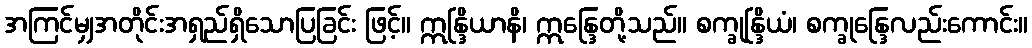
အကြင်မျှအတိုင်းအရှည်ရှိသောပြခြင်း ဖြင့်။ ဣန္ဒြိယာနိ၊ ဣန္ဒြေတို့သည်။ စက္ခုန္ဒြိယံ၊ စက္ခုန္ဒြေလည်းကောင်း။